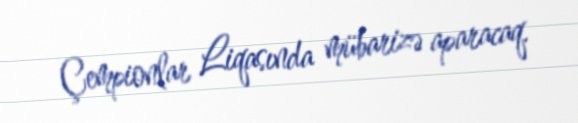
Çempionlar Liqasında mübarizə aparacaq.